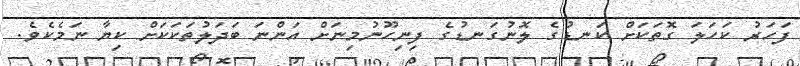
ފަހަރު ކަހަލަ ގޮތަކަށް ކަނޑުގެ ލޮނުގަނޑުގެ ފިނިހޫނުމިނަށް އަންނަ ބަދަލުތަކަކަށް ކިޔާ ނަމެކެވެ.